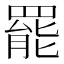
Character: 罷